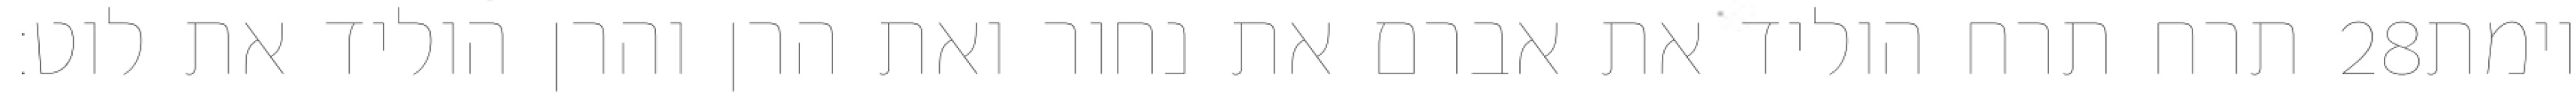
תרח תרח הוליד את אברם את נחור ואת הרן והרן הוליד את לוט׃ ‎28‏ וימת